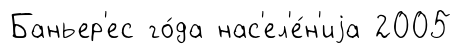
Баньер'ес го́да нас'ел'е́н'иjа 2005